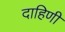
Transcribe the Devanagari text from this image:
दाहिणी